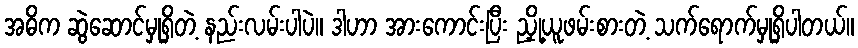
အဓိက ဆွဲဆောင်မှုရှိတဲ့ နည်းလမ်းပါပဲ။ ဒါဟာ အားကောင်းပြီး ညှို့ယူဖမ်းစားတဲ့ သက်ရောက်မှုရှိပါတယ်။